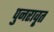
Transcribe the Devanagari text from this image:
पुनरावृ्त